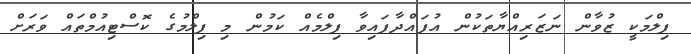
ފިލްމަކީ ޒުވާން ނަޒަރިއްޔާތަކުން އުފައްދާފައިވާ ފިލްމެއް ކަމުން މި ފިލްމުގެ ކޮސްޓިއުމްތައް ވަރަށް